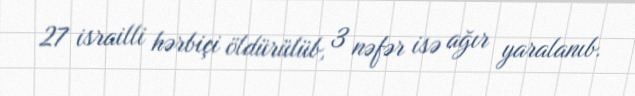
27 israilli hərbiçi öldürülüb, 3 nəfər isə ağır yaralanıb.